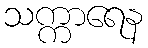
သက္ကာရေန